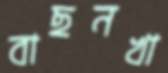
বাছনখা